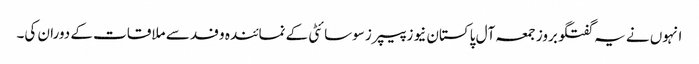
انہوں نے یہ گفتگو بروز جمعہ آل پاکستان نیوز پیپرز سوسائٹی کے نمائندہ وفد سے ملاقات کے دوران کی۔